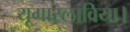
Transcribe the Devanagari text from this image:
यूगास्लाविया।